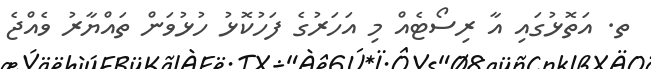
ތ. އަތޮޅުގައި އާ ރިސޯޓެއް މި އަހަރުގެ ފަހުކޮޅު ހުޅުވަން ތައްޔާރު ވެއްޖެ